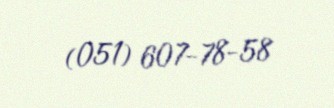
(051) 607-78-58